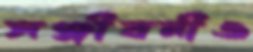
সঞ্জীবনীও